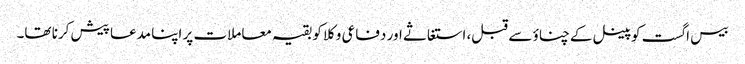
بیس اگست کو پینل کےچناؤ سے قبل، استغاثے اور دفاعی وکلا کو بقیہ معاملات پر اپنا مدعا پیش کرنا تھا۔